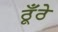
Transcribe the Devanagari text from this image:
ठूँठे